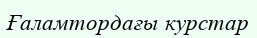
Ғаламтордағы курстар